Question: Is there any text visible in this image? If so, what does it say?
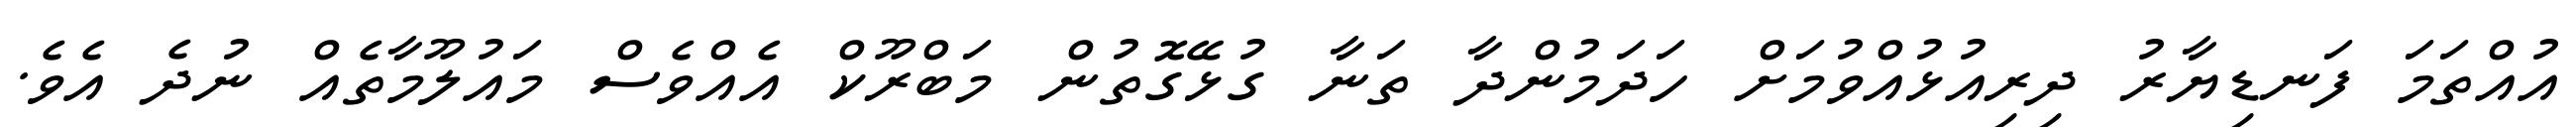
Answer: އުއްތަމަ ފަނޑިޔާރު ދިރިއުޅުއްވުމަށް ހަދަމުންދާ ތަނާ ގުޅޭގޮތުން މަބްރޫކް އެއްވެސް މައުލޫމާތެއް ނުދެ އެވެ.